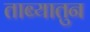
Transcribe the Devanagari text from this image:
ताब्यातुन